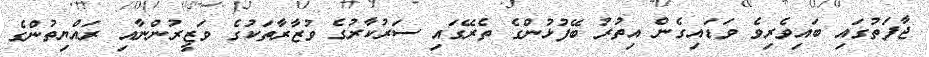
ޖާފަތުގައި ބައިވެރިވެ ވަޑައިގެން އިތުރު ބޭފުޅުންގެ ތެރޭގައި ސަރުކާރުގެ ވުޒާރާތަކުގެ ވަޒީރުންނާއި ރައްޔިތުންގެ